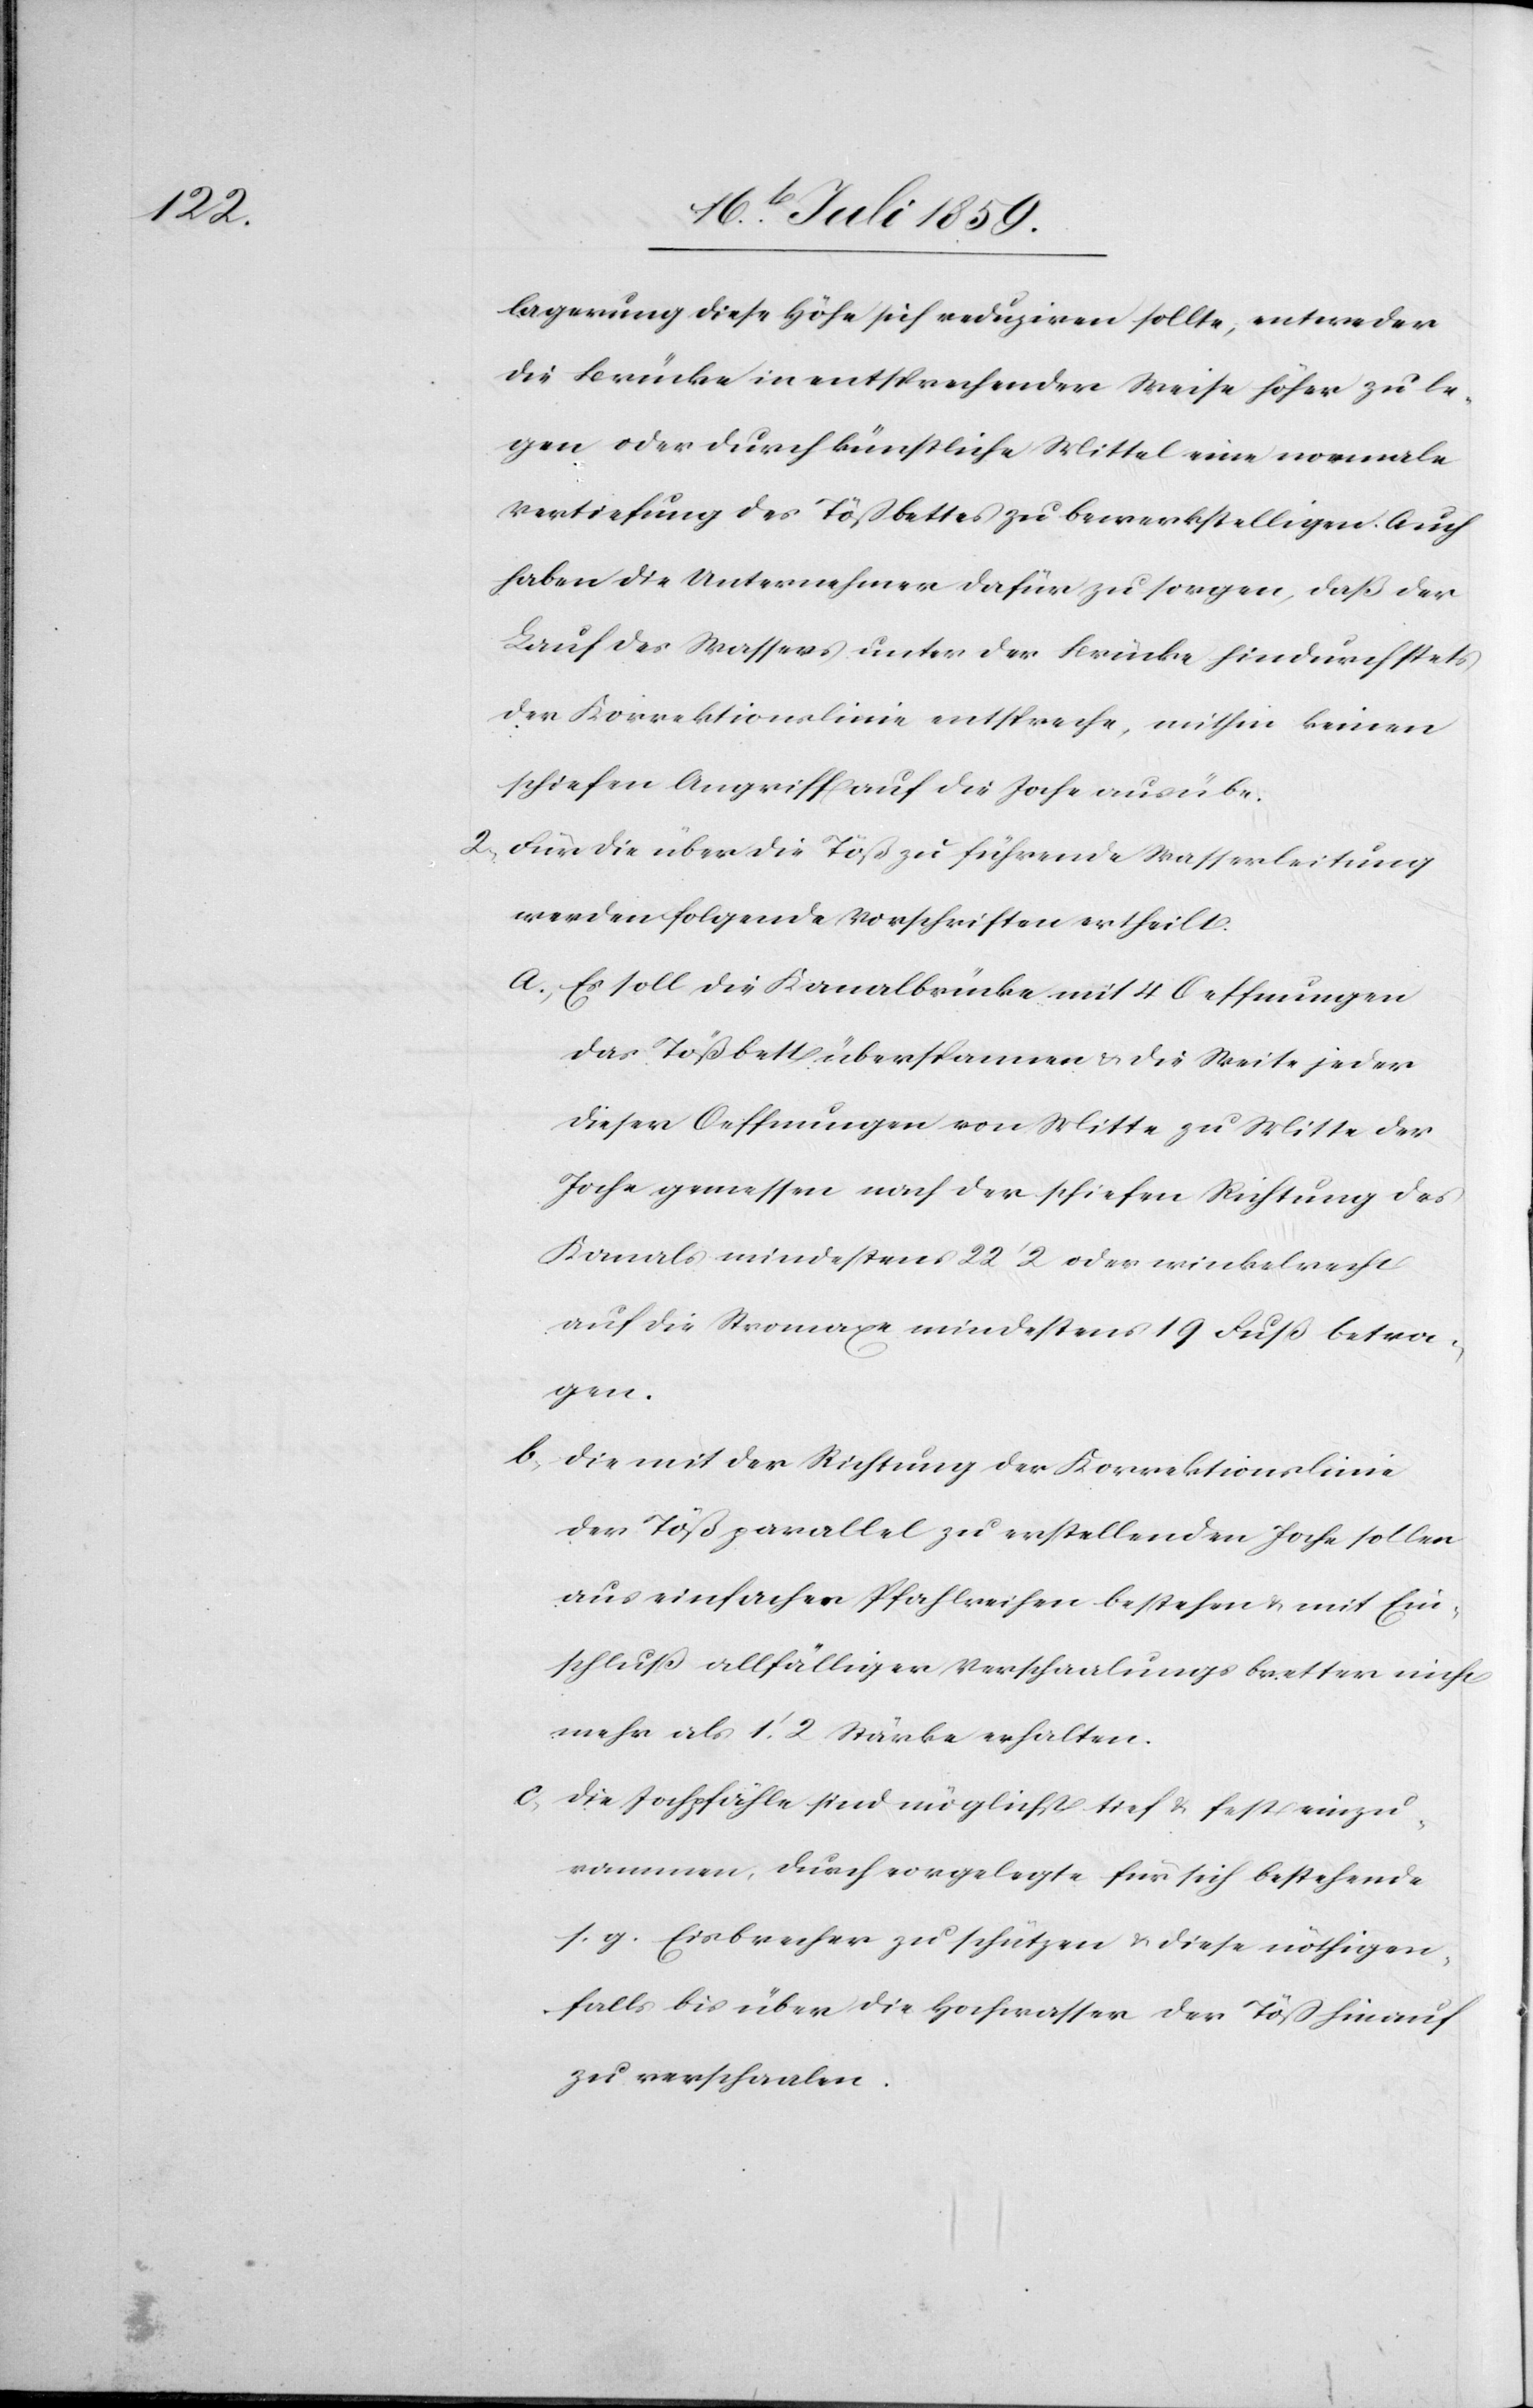
messen

lagerung diese Höhe sich reduziren sollte, entweder
die Brücke in entsprechender Weise höher zu le¬
gen oder durch künstliche Mittel eine normale
Vertiefung des Tößbettes zu bewerkstelligen. Auch
haben die Unternehmer dafür zu sorgen, daß der
Lauf des Wassers unter der Brücke hindurch stets
der Korrektionslinie entspreche, mithin keinen
schiefen Angriff auf die Joche ausübe.
2. Für die über die Töß zu führende Wasserleitung
werden folgende Vorschriften ertheilt.
a. Es soll die Kanalbrücke mit 4 Oeffnungen
das Tößbett überspannen u. die Weise jeder
dieser Oeffnungen von Mitte der Joche ge¬
Kanals mindestens 22’ 2 oder winkelrecht
auf die Stromaxe mindestens 19 Fuß betra¬
gen.
b. Die mit der Richtung der Korrektionslinie
der Töß parallel zu erstellenden Joche sollen
aus einfachen Pfahlreihen bestehen u. mit Ein¬
schluß allfälliger Verschaalungsbretter nicht
mehr als 1.’ 2 Stärke erhalten.
c. Die Jochpfähle sind möglichst tief u. fest einzu¬
rammen, durch vorgelegte für sich bestehende
s. g. Eisbrecher zu schützen u. diese nöthigen¬
falls bis über die Hochwasser der Töß hinauf
zu verschaalen.